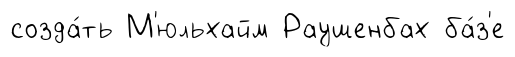
созда́ть М'юльхайм Раушенбах ба́з'е